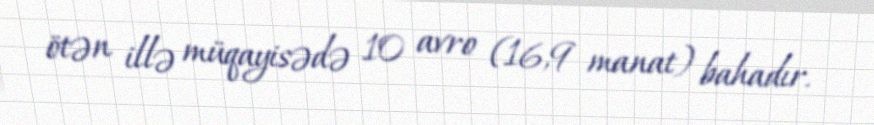
ötən illə müqayisədə 10 avro (16,9 manat) bahadır.